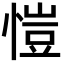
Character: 愷